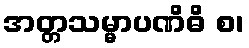
အတ္တသမ္မာပဏိဓိ စ၊